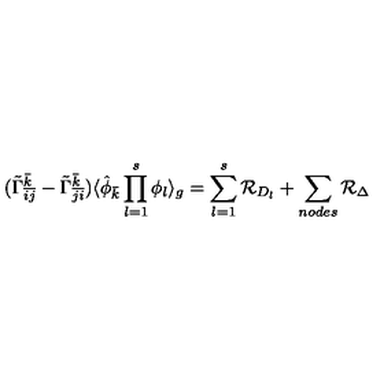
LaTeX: ( { \tilde { \Gamma } } _ { { \bar { i } } { \bar { j } } } ^ { \bar { k } } - { \tilde { \Gamma } } _ { { \bar { j } } { \bar { i } } } ^ { \bar { k } } ) \langle { \hat { \phi } } _ { \bar { k } } \prod _ { l = 1 } ^ { s } \phi _ { l } \rangle _ { g } = \sum _ { l = 1 } ^ { s } { \cal R } _ { D _ { l } } + \sum _ { n o d e s } { \cal R } _ { \Delta } \,